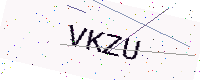
Text: VKZU